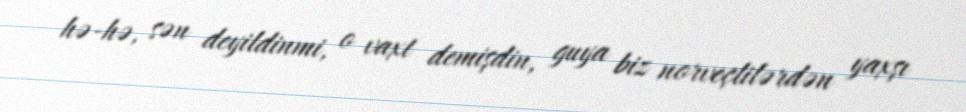
hə-hə, sən deyildinmi, o vaxt demişdin, guya biz norveçlilərdən yaxşı